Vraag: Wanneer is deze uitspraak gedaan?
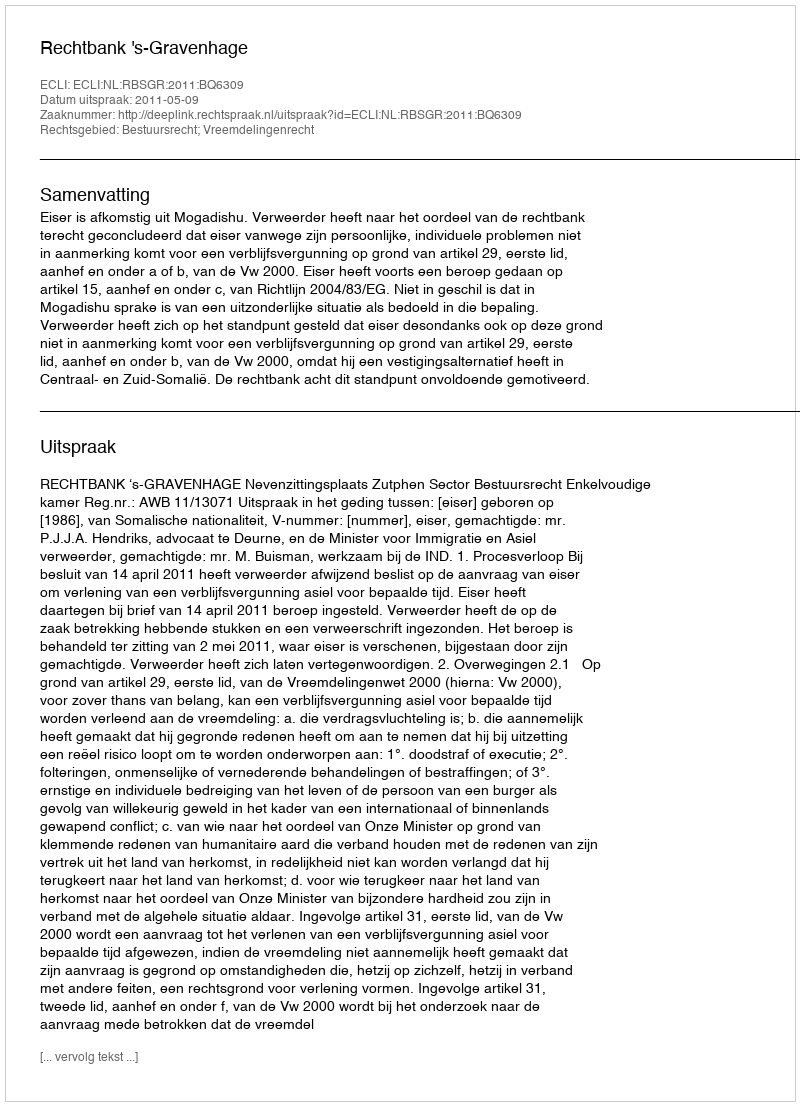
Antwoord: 2011-05-09